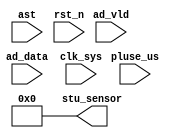
//stu_check.v

module stu_check(
ast,
ad_data,
ad_vld,
//configuration
stu_sensor,
//clk rst
clk_sys,
pluse_us,
rst_n
);
input ast;
input [15:0]	ad_data;
input 				ad_vld;
//configuration
output [7:0]	stu_sensor;
//clk rst
input clk_sys;
input pluse_us;
input rst_n;

//-------------------------------------
//-------------------------------------

//no logic
wire [7:0]	stu_sensor = 8'h0;

endmodule